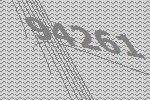
94261